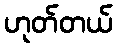
ဟုတ်တယ်